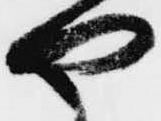
や